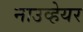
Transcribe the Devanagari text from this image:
नाउव्हेयर